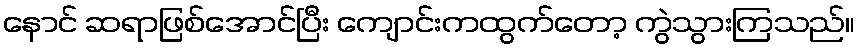
နောင် ဆရာဖြစ်အောင်ပြီး ကျောင်းကထွက်တော့ ကွဲသွားကြသည်။